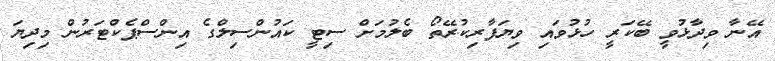
އޭނާ ވިދާޅުވީ ބޭކަރީ ހުޅުވައި ވިޔަފާރިކުރޭތޯ ބެލުމަށް ސިޓީ ކައުންސިލްގެ އިންސްޕެކްޓަރުން މިދިޔަ